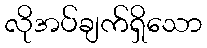
လိုအပ်ချက်ရှိသော